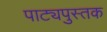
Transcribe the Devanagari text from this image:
पाट्यपुस्तक